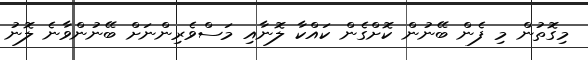
މިގޮތުން މި ފެން ބޭނުން ކޮށްގެން ކައްކާ ލޮނާއި މަސްވެރިންނަށް ބޭނުންވާނެ ލޮނު